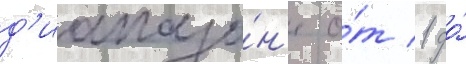
д'иапазо́н'е о́т 1 до́